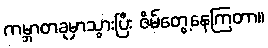
ကမ္ဘာတခုမှာသွားပြီး ဇိမ်တွေ့နေကြတာ။